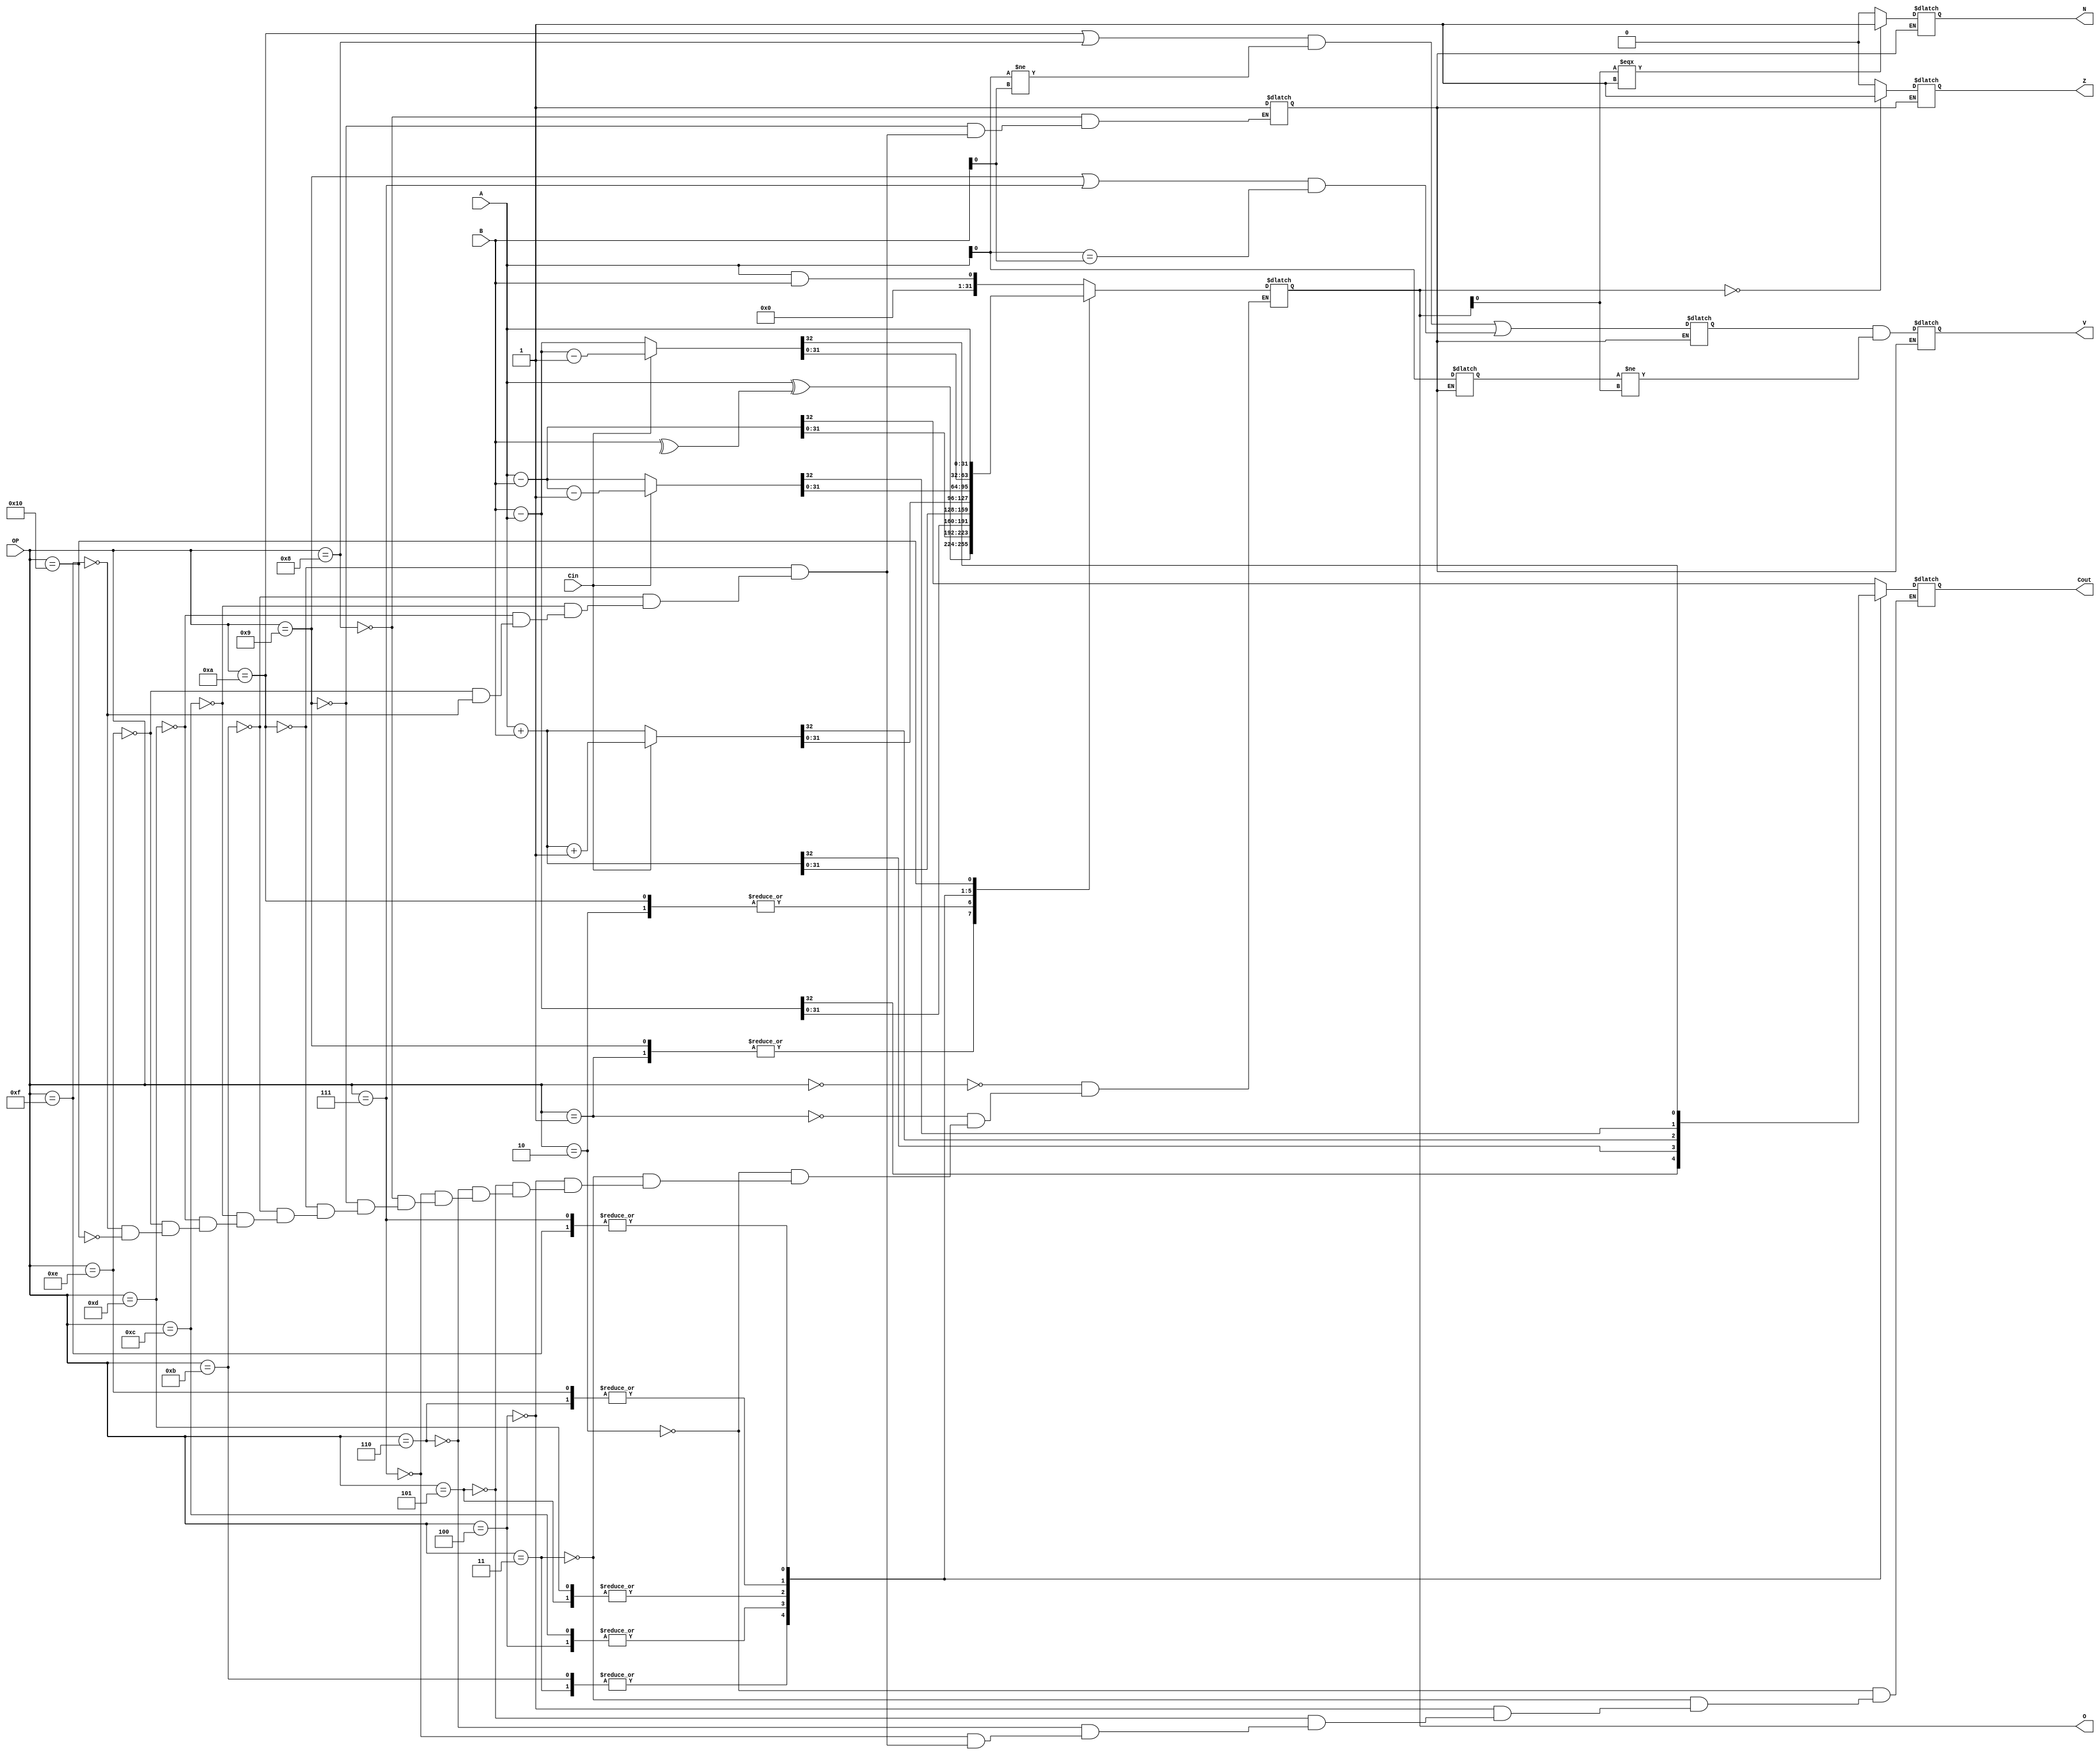

module ALU(output reg N, Z, V, Cout,  output reg  [31:0]O, input Cin , input  [31:0]A, B , input [4:0]OP);

  reg og_sign , shouldbe_sign ,ovfl_sign,flagUpdate;
  
  always @* 
  begin 
  case (OP)

    5'b00000:  // And
      begin
        O <= A && B;
      end
    
    5'b00001: //Xor
      begin
        O <= A^^B; 
      end
    
    5'b00010: // A - B
      begin
        {Cout , O} <= {1'b0,A} - {1'b0,B};
      end

    5'b00011: // B - A
      begin
        {Cout , O} <= {1'b0,B} - {1'b0,A};
      end
    
    5'b00100: // A + B
      begin
        {Cout , O }  <= A  +  B ;
      end

    5'b00101: // A + B + Cin
      begin
        {Cout , O} <=  (Cin == 1) ? (A + B + 1):(A+B); 
      end

    5'b00110: // A - B - (not Cin)
      begin
        {Cout , O} <= (Cin == 1) ? ({1'b0,A} - {1'b0,B} - {32'h1}) : ({1'b0,A} - {1'b0,B});
      end

    5'b00111:  //B - A - ( not Cin)
      begin
        {Cout , O} <= (Cin == 1) ? ({1'b0,B} - {1'b0,A} - {32'h1}) : ({1'b0,B} - {1'b0,A});
      end
    
    5'b01000:  // And
      begin
        flagUpdate <= 1'b1;
        O <= A && B;
      end
    
    5'b01001: //Xor
      begin
        flagUpdate <= 1'b1;
        O <= A^^B; 
      end
    
    5'b01010: // A - B
      begin
        flagUpdate <= 1'b1;
        {Cout , O} <= {1'b0,A} - {1'b0,B};
      end

    5'b01011: // B - A
      begin
        flagUpdate <= 1'b1;
        {Cout , O} <= {1'b0,B} - {1'b0,A};
      end
    
    5'b01100: // A + B
      begin
        flagUpdate <= 1'b1;
        {Cout , O }  <= A  +  B ;
      end

    5'b01101: // A + B + Cin
      begin
        flagUpdate <= 1'b1;
        {Cout , O} <=  (Cin == 1) ? (A + B + 1):(A+B); 
      end

    5'b01110: // A - B - (not Cin)
      begin
        flagUpdate <= 1'b1;
        {Cout , O} <= (Cin == 1) ? ({1'b0,A} - {1'b0,B} - {32'h1}) : ({1'b0,A} - {1'b0,B});
      end

    5'b01111:  //B - A - ( not Cin)
      begin
        flagUpdate <= 1'b1;
        {Cout , O} <= (Cin == 1) ? ({1'b0,B} - {1'b0,A} - {32'h1}) : ({1'b0,B} - {1'b0,A});
      end

    5'b01100: // OR
      begin
        O <= A || B ;
      end
    
    5'b01101: //Return B
      begin
        O <= B;
      end
    
    5'b01110: // A and ( not B)
      begin
        O <= A && ~B;
      end
    
    5'b01111: //not B
      begin
        O <= ~B;
      end
    
    5'b10000: //return A
      begin
        O <= A;
      end
    
    5'b10000: //return A + 4
      begin
        {Cout , O } <= A + 32'd4;
      end
   
    5'b10000: //return A + B + 4
      begin
        {Cout , O }<= A + B + 32'd4;
      end

    
  endcase


  if(flagUpdate)
    begin
      Z = ( O == 32'b0) ? 1:0;
      
      N = (O[0] === 1'b1)? 1:0;



      begin
          og_sign <= (A[0]);
          
          // shouldbe_sign<=
          //     (((OP==4'b1010 || OP == 4'b1000)&&(A[0] != B[0]))//if a sub between different signs 
          //     ||((OP==4'b1001 || OP==4'b0111)&&(A[0] == B[0]))); // if sum and both signs are the same 
              
          ovfl_sign<=(((OP==4'b1010 || OP == 4'b1000)&&(A[0] != B[0]))
              ||((OP==4'b1001 || OP==4'b0111)&&(A[0] == B[0])) );
      end

    // N = O[0] ^ ((shouldbe_sign)&&(og_sign != O[0]));
       V = (ovfl_sign)&&(og_sign != O[0]);
    end
end

endmodule